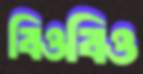
বিওবিও